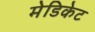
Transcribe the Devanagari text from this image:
मेडिकेट